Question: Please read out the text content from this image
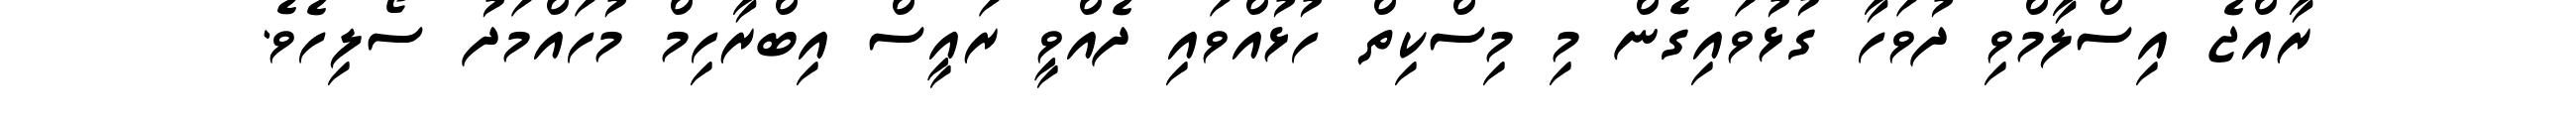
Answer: ރާއްޖެ އިސްލާމްވި ދުވަހާ ގުޅުވައިގެން މި މިސްކިތް ހުޅުއްވައި ދެއްވީ ރައީސް އިބްރާހިމް މުހައްމަދު ސޯލިހެވެ.